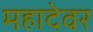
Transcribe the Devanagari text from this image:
महादेवर